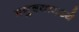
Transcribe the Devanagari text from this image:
मनुषयामध्ये